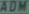
ADM